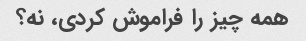
همه چیز را فراموش کردی، نه؟